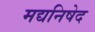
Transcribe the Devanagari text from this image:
मद्यनिषेद